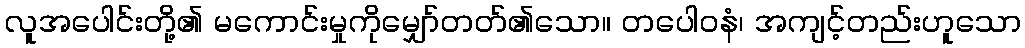
လူအပေါင်းတို့၏ မကောင်းမှုကိုမျှော်တတ်၏သော။ တပေါဝနံ၊ အကျင့်တည်းဟူသော